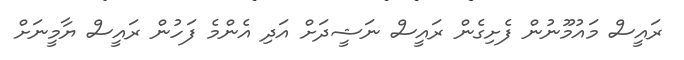
ރައީސް މައުމޫނުން ފެށިގެން ރައީސް ނަޝީދަށް އަދި އެންމެ ފަހުން ރައީސް ޔާމީނަށް